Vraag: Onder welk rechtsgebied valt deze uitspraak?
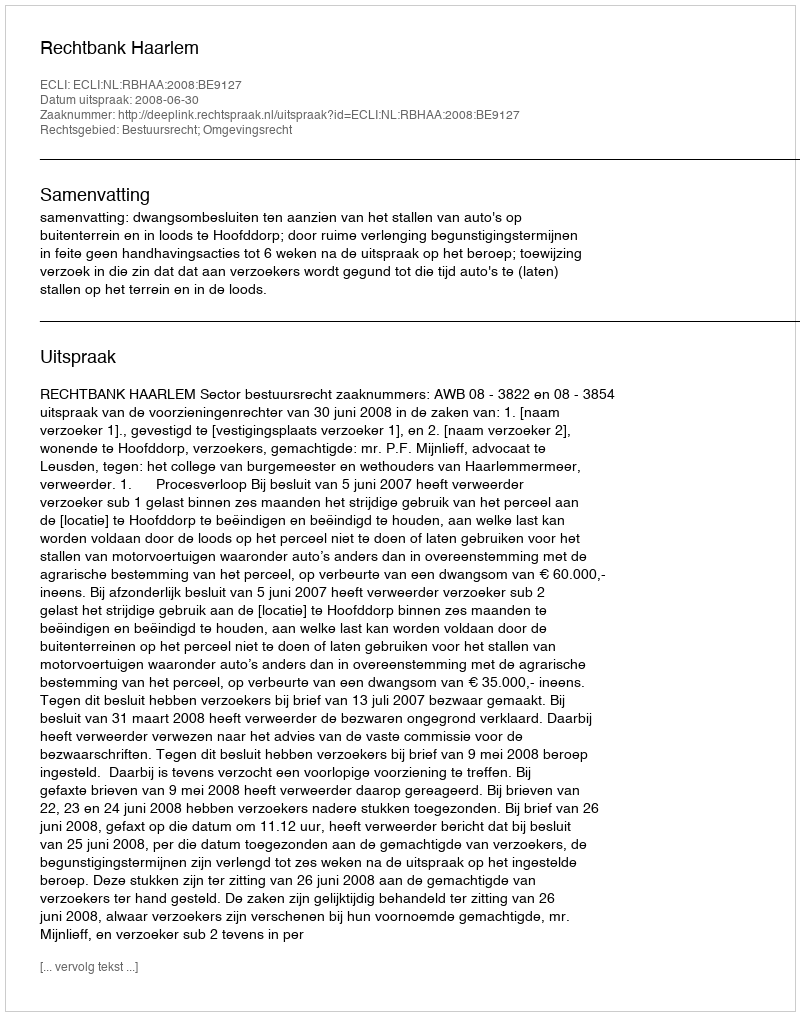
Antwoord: Bestuursrecht; Omgevingsrecht